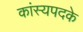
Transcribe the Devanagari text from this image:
कांस्यपदके